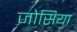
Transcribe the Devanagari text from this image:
जोसिया